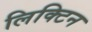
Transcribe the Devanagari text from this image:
लिक्टिन